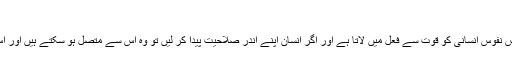
[87]
سہروردی[94] کے عقیدے کے مطابق جبرائیل یا روح القدس نفوس انسانی کو قوت سے فعل میں لاتا ہے اور اگر انسان اپنے اندر صلاحیت پیدا کر لیں تو وہ اس سے متصل ہو سکتے ہیں اور اس کے گنجینۂ علم و فضائل سے فائدہ حاصل کر سکتے ہیں۔